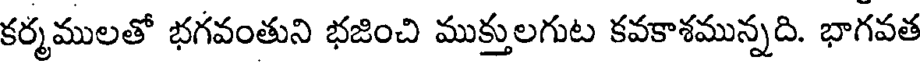
కర్మములతో భగవంతుని భజించి ముక్తులగుట కవకాశమున్నది. భాగవత